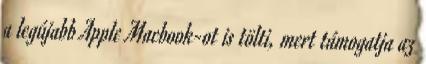
a legújabb Apple Macbook-ot is tölti, mert támogatja az